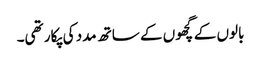
بالوں کے گچھوں کے ساتھ مدد کی پکار تھی۔